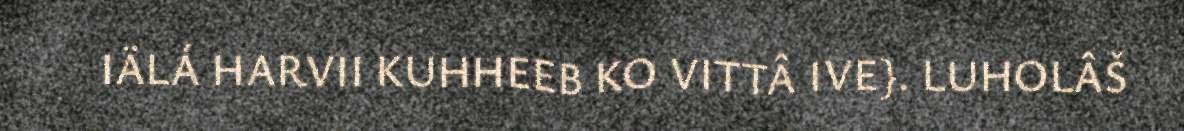
IÄLÁ HARVII KUHHEEB KO VITTÂ IVE}. LUHOLÂŠ